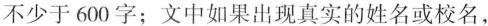
不少于600字；文中如果出现真实的姓名或校名，